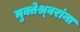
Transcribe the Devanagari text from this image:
मुक्तेश्र्वरांना